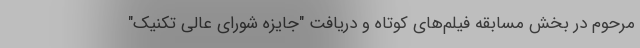
مرحوم در بخش مسابقه فیلم‌های کوتاه و دریافت "جایزه شورای عالی تکنیک"